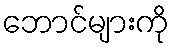
ဘောင်များကို